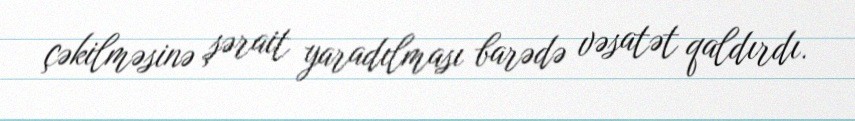
çəkilməsinə şərait yaradılması barədə vəsatət qaldırdı.